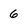
Character: 6